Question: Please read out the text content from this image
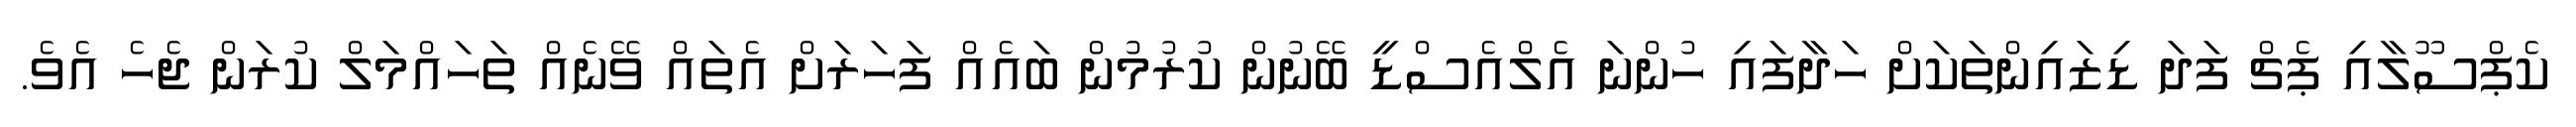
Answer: ކެޕްސޫލާއި ޕެޗް ފަދަ ޑިޒައިންތަކަށް ހަދާފައި ހުންނަ އެލްއެސްޑީ ބޭނުން ކުރުމުން ބައެއް ފަހަރަށް އެތައް ވޭނެއް ތަހައްމަލް ކުރަން ޖެހެ އެވެ.